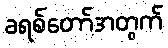
ခရစ်တော်အတွက်